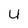
Character: u